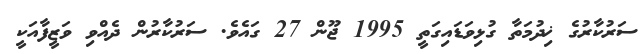
ސަރުކާރުގެ ޚިދުމަތާ ގުޅިވަޑައިގަތީ 1995 ޖޫން 27 ގައެވެ. ސަރުކާރުން ދެއްވި ވަޒީފާއަކީ